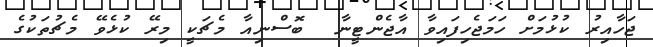
ޖަހާއިރު ކުޅުމަށް ހަމަޖެހިފައިވާ އާޖެންޓީނާ  ބޮސްނިއާ މެޗަކީ މިރޭ ކުޅެވޭ މެޗުތަކުގެ